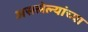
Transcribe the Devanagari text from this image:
असलेल्यांच्या